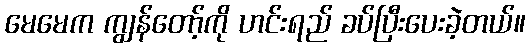
မေမေက ကျွန်တော့်ကို ဟင်းရည် ခပ်ပြီးပေးခဲ့တယ်။